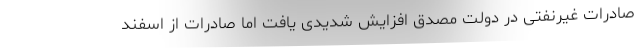
صادرات غیرنفتی در دولت مصدق افزایش شدیدی یافت اما صادرات از اسفند